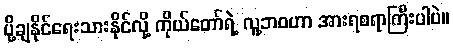
ပို့ချနိုင်ရေးသားနိုင်လို့ ကိုယ်တော်ရဲ့ လူ့ဘဝဟာ အားရစရာကြီးပါပဲ။